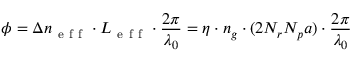
\phi = \Delta n _ { \mathrm { ~ e ~ f ~ f ~ } } \cdot L _ { \mathrm { ~ e ~ f ~ f ~ } } \cdot \frac { 2 \pi } { \lambda _ { 0 } } = \eta \cdot n _ { g } \cdot ( 2 N _ { r } N _ { p } a ) \cdot \frac { 2 \pi } { \lambda _ { 0 } }